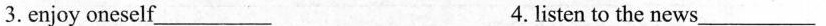
3. enjoy oneself _________4.listen to the news_________